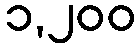
၁,၂၀၀